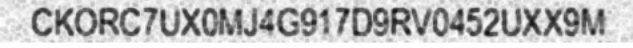
CKORC7UX0MJ4G917D9RV0452UXX9M